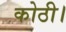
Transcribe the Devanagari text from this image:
कोठी।